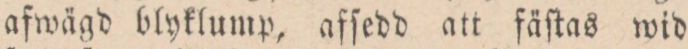
afwägd blyklump, afſedd att fäſtas wid